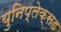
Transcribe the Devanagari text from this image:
युनिप्लेक्सड